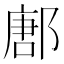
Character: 鄌